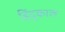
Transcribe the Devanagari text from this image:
हिंदूकाल